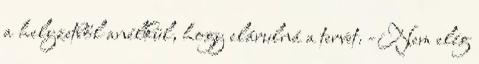
a helyzetből anélkül, hogy elárulná a tervet. -Nem elég